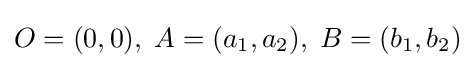
O=(0,0),\;A=(a_{1},a_{2}),\;B=(b_{1},b_{2})